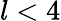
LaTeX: l<4